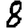
Digit: 8